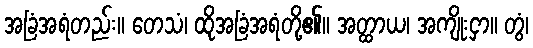
အခြံအရံတည်း။ တေသံ၊ ထိုအခြံအရံတို့၏။ အတ္ထာယ၊ အကျိုးငှာ။ တွံ၊